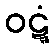
ဝဋ္ဋံ